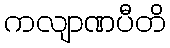
ကလျာဏပီတိ